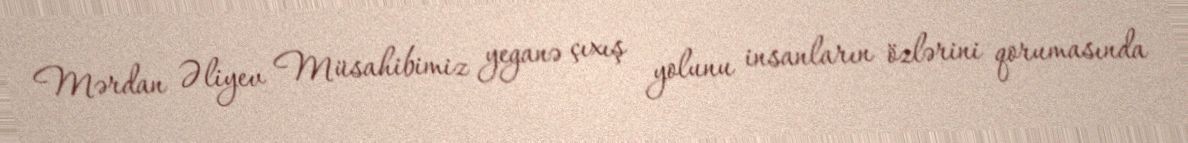
Mərdan Əliyev Müsahibimiz yeganə çıxış yolunu insanların özlərini qorumasında